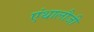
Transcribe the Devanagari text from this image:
एंथालौजी